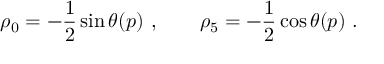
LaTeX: \rho _ { 0 } = - \frac { 1 } { 2 } \sin \theta ( p ) \ , \qquad \rho _ { 5 } = - \frac { 1 } { 2 } \cos \theta ( p ) \ .